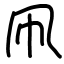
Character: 凧